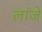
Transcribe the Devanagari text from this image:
लांजे